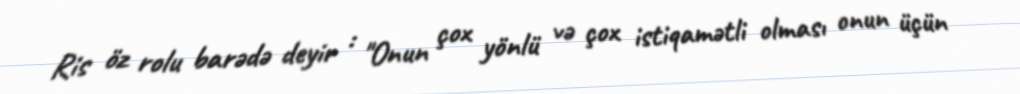
Ris öz rolu barədə deyir : "Onun çox yönlü və çox istiqamətli olması onun üçün